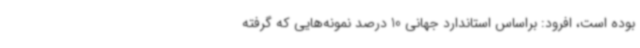
بوده است، افرود: براساس استاندارد جهانی 10 درصد نمونه‌هایی که گرفته